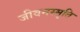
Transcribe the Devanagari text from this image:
जीवनस्मृति